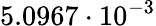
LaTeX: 5.0967\cdot 10^{-3}